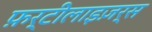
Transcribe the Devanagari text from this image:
फ़र्टीलाइज़र्स